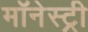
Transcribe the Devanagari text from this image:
मॉनेस्‍ट्री